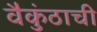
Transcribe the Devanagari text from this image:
वैकुंठाची